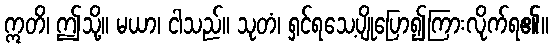
ဣတိ၊ ဤသို့။ မယာ၊ ငါသည်။ သုတံ၊ ရှင်ရသေ့ပျိုပြော၍ကြားလိုက်ရ၏။